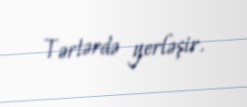
Tərtərdə yerləşir.